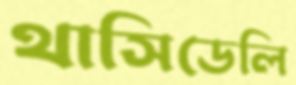
থাসিডেলি